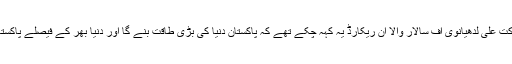
ابوالانیس صوفی برکت علی لدھیانوی آف سالار والا آن ریکارڈ یہ کہہ چکے تھے کہ پاکستان دنیا کی بڑی طاقت بنے گا اور دنیا بھر کے فیصلے پاکستان میں ہوا کرینگے۔